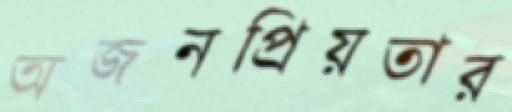
অজনপ্রিয়তার